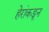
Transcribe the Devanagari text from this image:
हेरांकडून